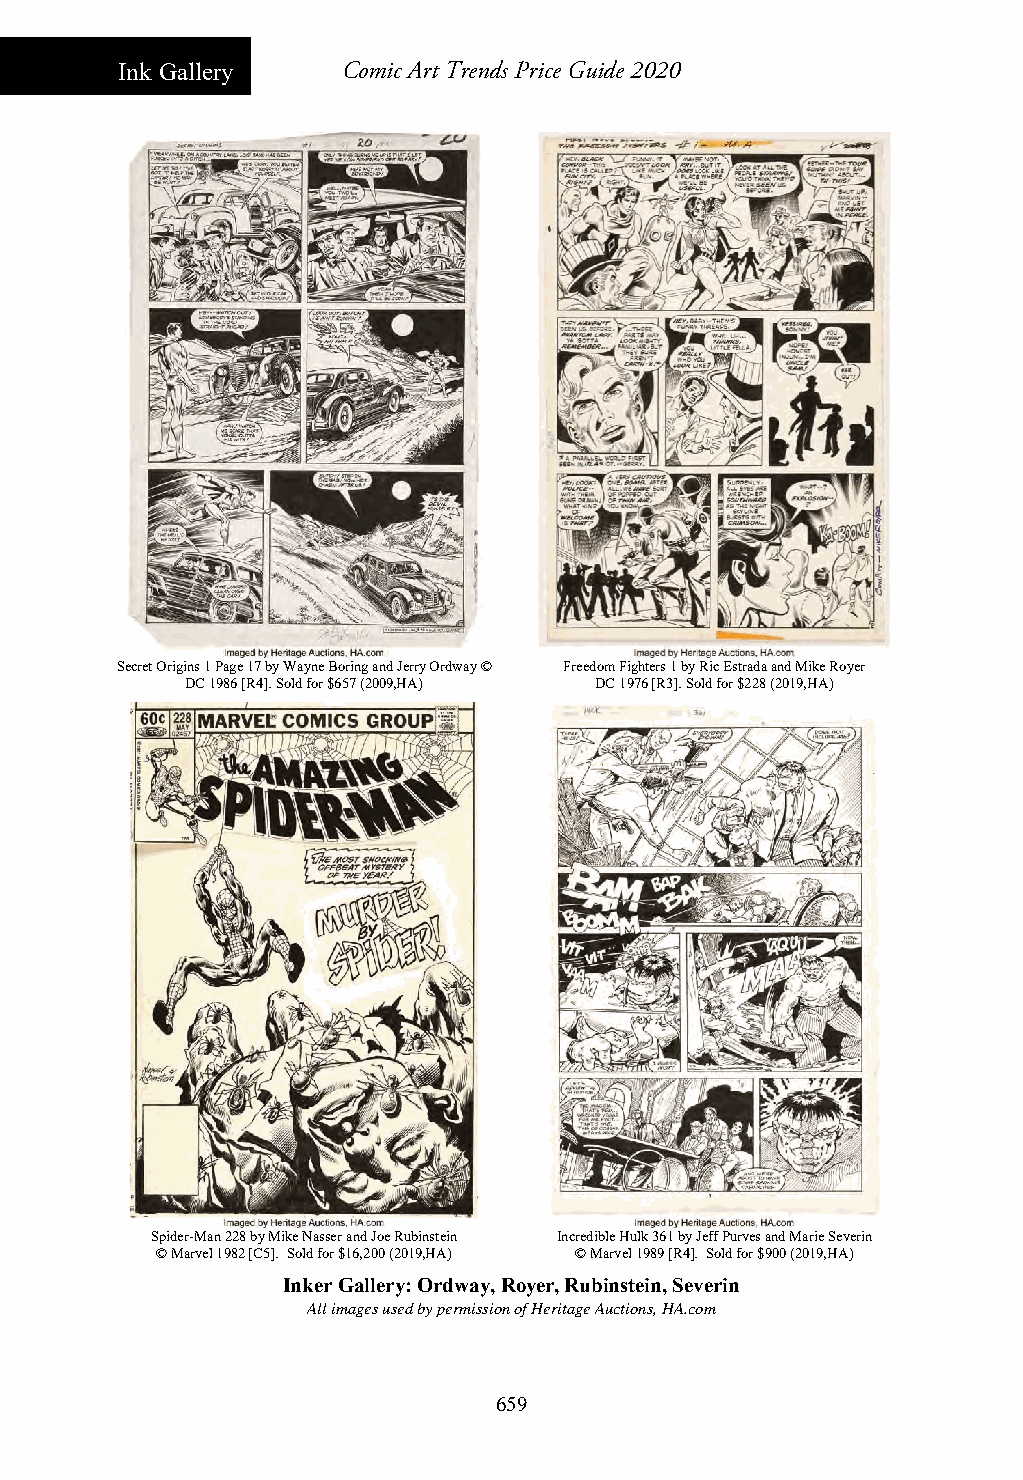
Ink Gallery    Comic Art Trends Price Guide 2020
 Secret Origins 1 Page 17 by Wayne Boring and Jerry Ordway © Freedom Fighters 1 by Ric Estrada and Mike Royer
 DC 1986 [R4]. Sold for $657 (2009,HA) DC 1976 [R3]. Sold for $228 (2019,HA)
 Spider-Man 228 by Mike Nasser and Joe Rubinstein Incredible Hulk 361 by Jeff Purves and Marie Severin
 © Marvel 1982 [C5]. Sold for $16,200 (2019,HA) © Marvel 1989 [R4]. Sold for $900 (2019,HA)
 Inker Gallery: Ordway, Royer, Rubinstein, Severin
 All images used by permission of Heritage Auctions, HA.com
 659